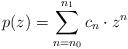
LaTeX: \begin{align*} p(z) = \sum_{n = n_0}^{n_1} c_n \cdot z^n \end{align*}